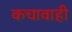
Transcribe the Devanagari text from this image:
कचावाही